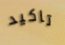
تاكيد